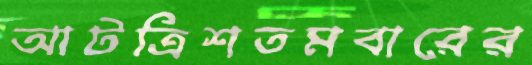
আটত্রিশতমবারের